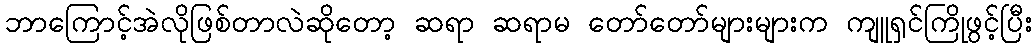
ဘာကြောင့်အဲလိုဖြစ်တာလဲဆိုတော့ ဆရာ ဆရာမ တော်တော်များများက ကျူရှင်ကြိုဖွင့်ပြီး